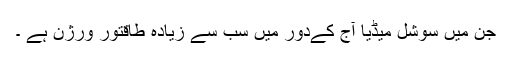
جن میں سوشل میڈیا آج کےدور میں سب سے زیادہ طاقتور ورژن ہے ۔